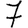
Digit: 7